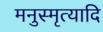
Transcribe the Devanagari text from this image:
मनुस्मृत्यादि